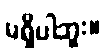
မရှိပါဘူး။